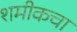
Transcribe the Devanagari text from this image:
शमीकचा